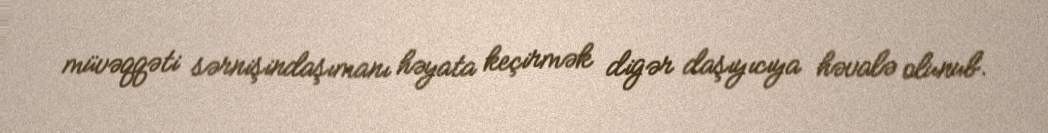
müvəqqəti sərnişindaşımanı həyata keçirmək digər daşıyıcıya həvalə olunub.